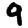
Digit: 9